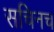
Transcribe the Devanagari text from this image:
सचिनच